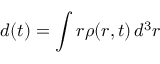
\boldsymbol { d } ( t ) = \int \boldsymbol { r } \rho ( \boldsymbol { r } , t ) \, d ^ { 3 } \boldsymbol { r }